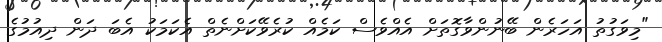
"މިވަގުތު އަހަރެން ބޭނުންވާގޮތަށް އެއްވެސް ކަމެއް ކުރެވޭކަށްނެތް އެކަމަކު އެބަ ދަން ދިއުމުގެ